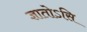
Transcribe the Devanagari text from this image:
ज्ञातोऽसि